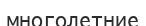
многолетние